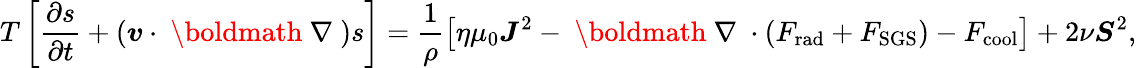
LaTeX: T\left[\frac{\partial s}{\partial t}+(\boldsymbol{v}\cdot\mathrm{~\boldmath~\nabla~})s\right]=\frac{1}{\rho}\left[\eta\mu_{0}\boldsymbol{J}^{2}-\mathrm{~\boldmath~\nabla~}\cdot(F_{\mathrm{rad}}+F_{\mathrm{SGS}})-F_{\mathrm{cool}}\right]+2\nu\boldsymbol{S}^{2},